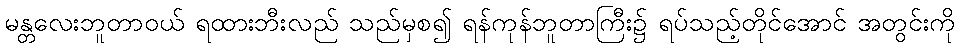
မန္တလေးဘူတာဝယ် ရထားဘီးလည် သည်မှစ၍ ရန်ကုန်ဘူတာကြီး၌ ရပ်သည့်တိုင်အောင် အတွင်းကို